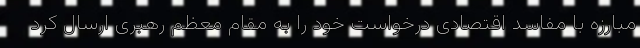
مبارزه با مفاسد اقتصادی درخواست خود را به مقام معظم رهبری ارسال کرد